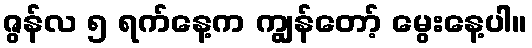
ဇွန်လ ၅ ရက်နေ့က ကျွန်တော့် မွေးနေ့ပါ။